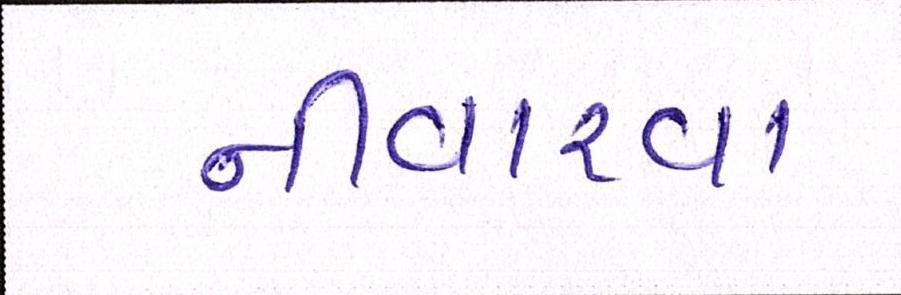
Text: નીવારવા